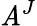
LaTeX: \mathit{A}^{J}